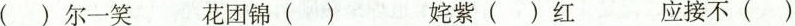
( )尔一笑 花团锦( ) 姹紫( )红 应接不( ）